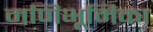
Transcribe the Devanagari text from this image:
मणिभूमिका